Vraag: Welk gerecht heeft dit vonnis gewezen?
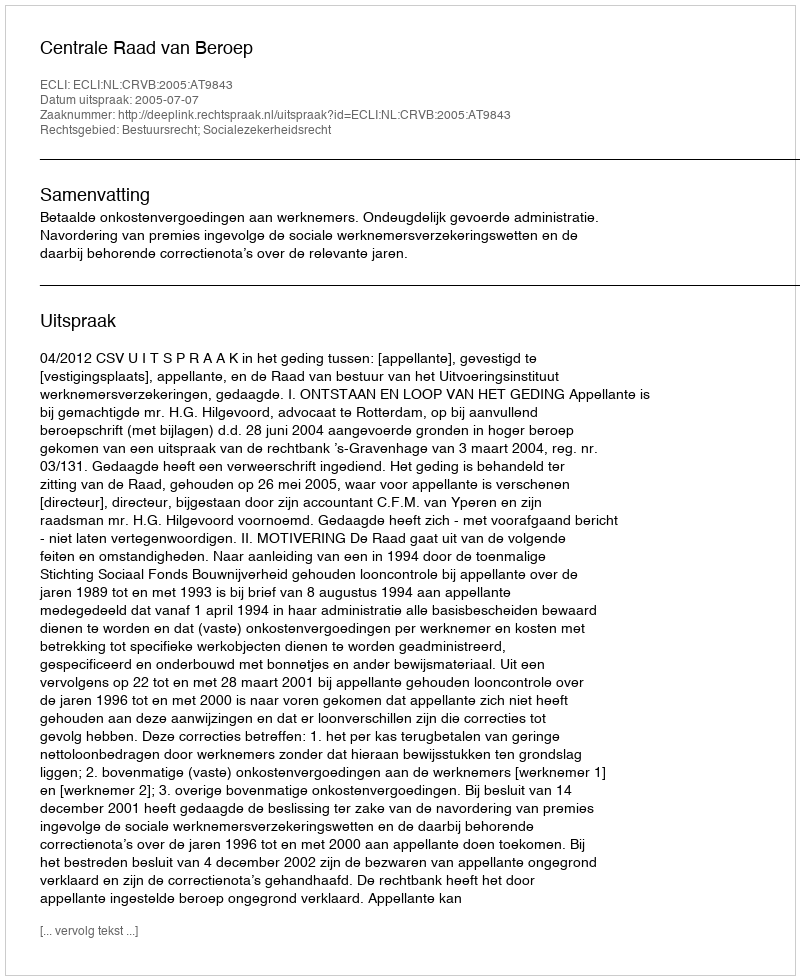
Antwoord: Centrale Raad van Beroep